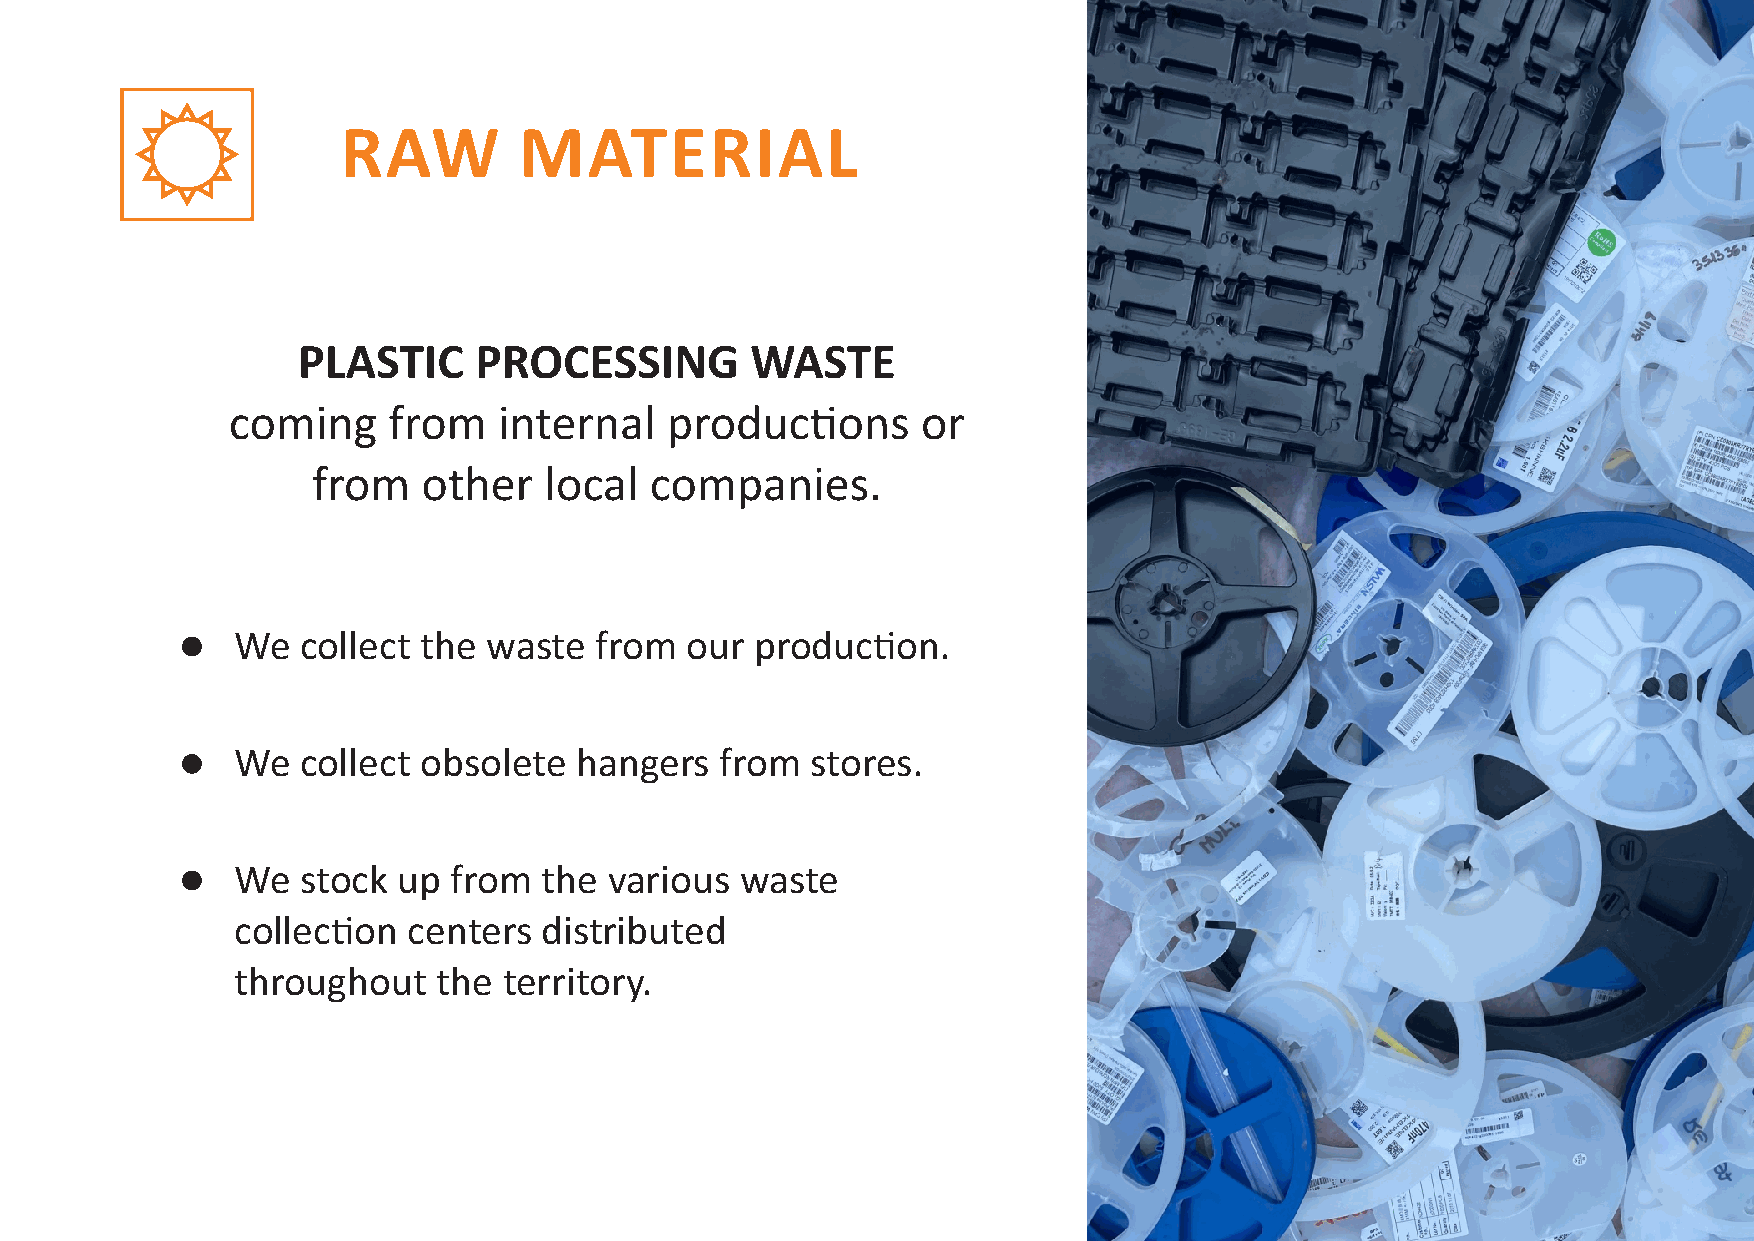
RAW        MATERIAL
 PLASTIC    PROCESSING         WASTE
 coming     from   internal   producons       or
 from   other   local  companies.
 We  collect the waste  from  our  producon.
 We  collect obsolete  hangers   from  stores.
 We  stock up  from  the various  waste
 collecon  centers  distributed
 throughout   the territory.